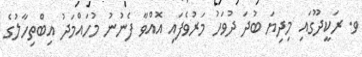
ވ. ރަކީދޫގައި މިދިޔަ ބުދަ ދުވަހު މަރުވެފައި އޮއްވާ ފެނުނު މުހައްމަދު އިބްތިހާލުގެ